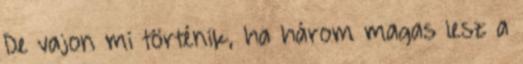
De vajon mi történik, ha három magas lesz a